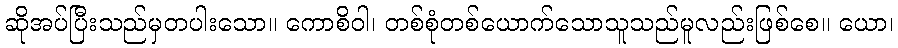
ဆိုအပ်ပြီးသည်မှတပါးသော။ ကောစိဝါ၊ တစ်စုံတစ်ယောက်သောသူသည်မူလည်းဖြစ်စေ။ ယော၊